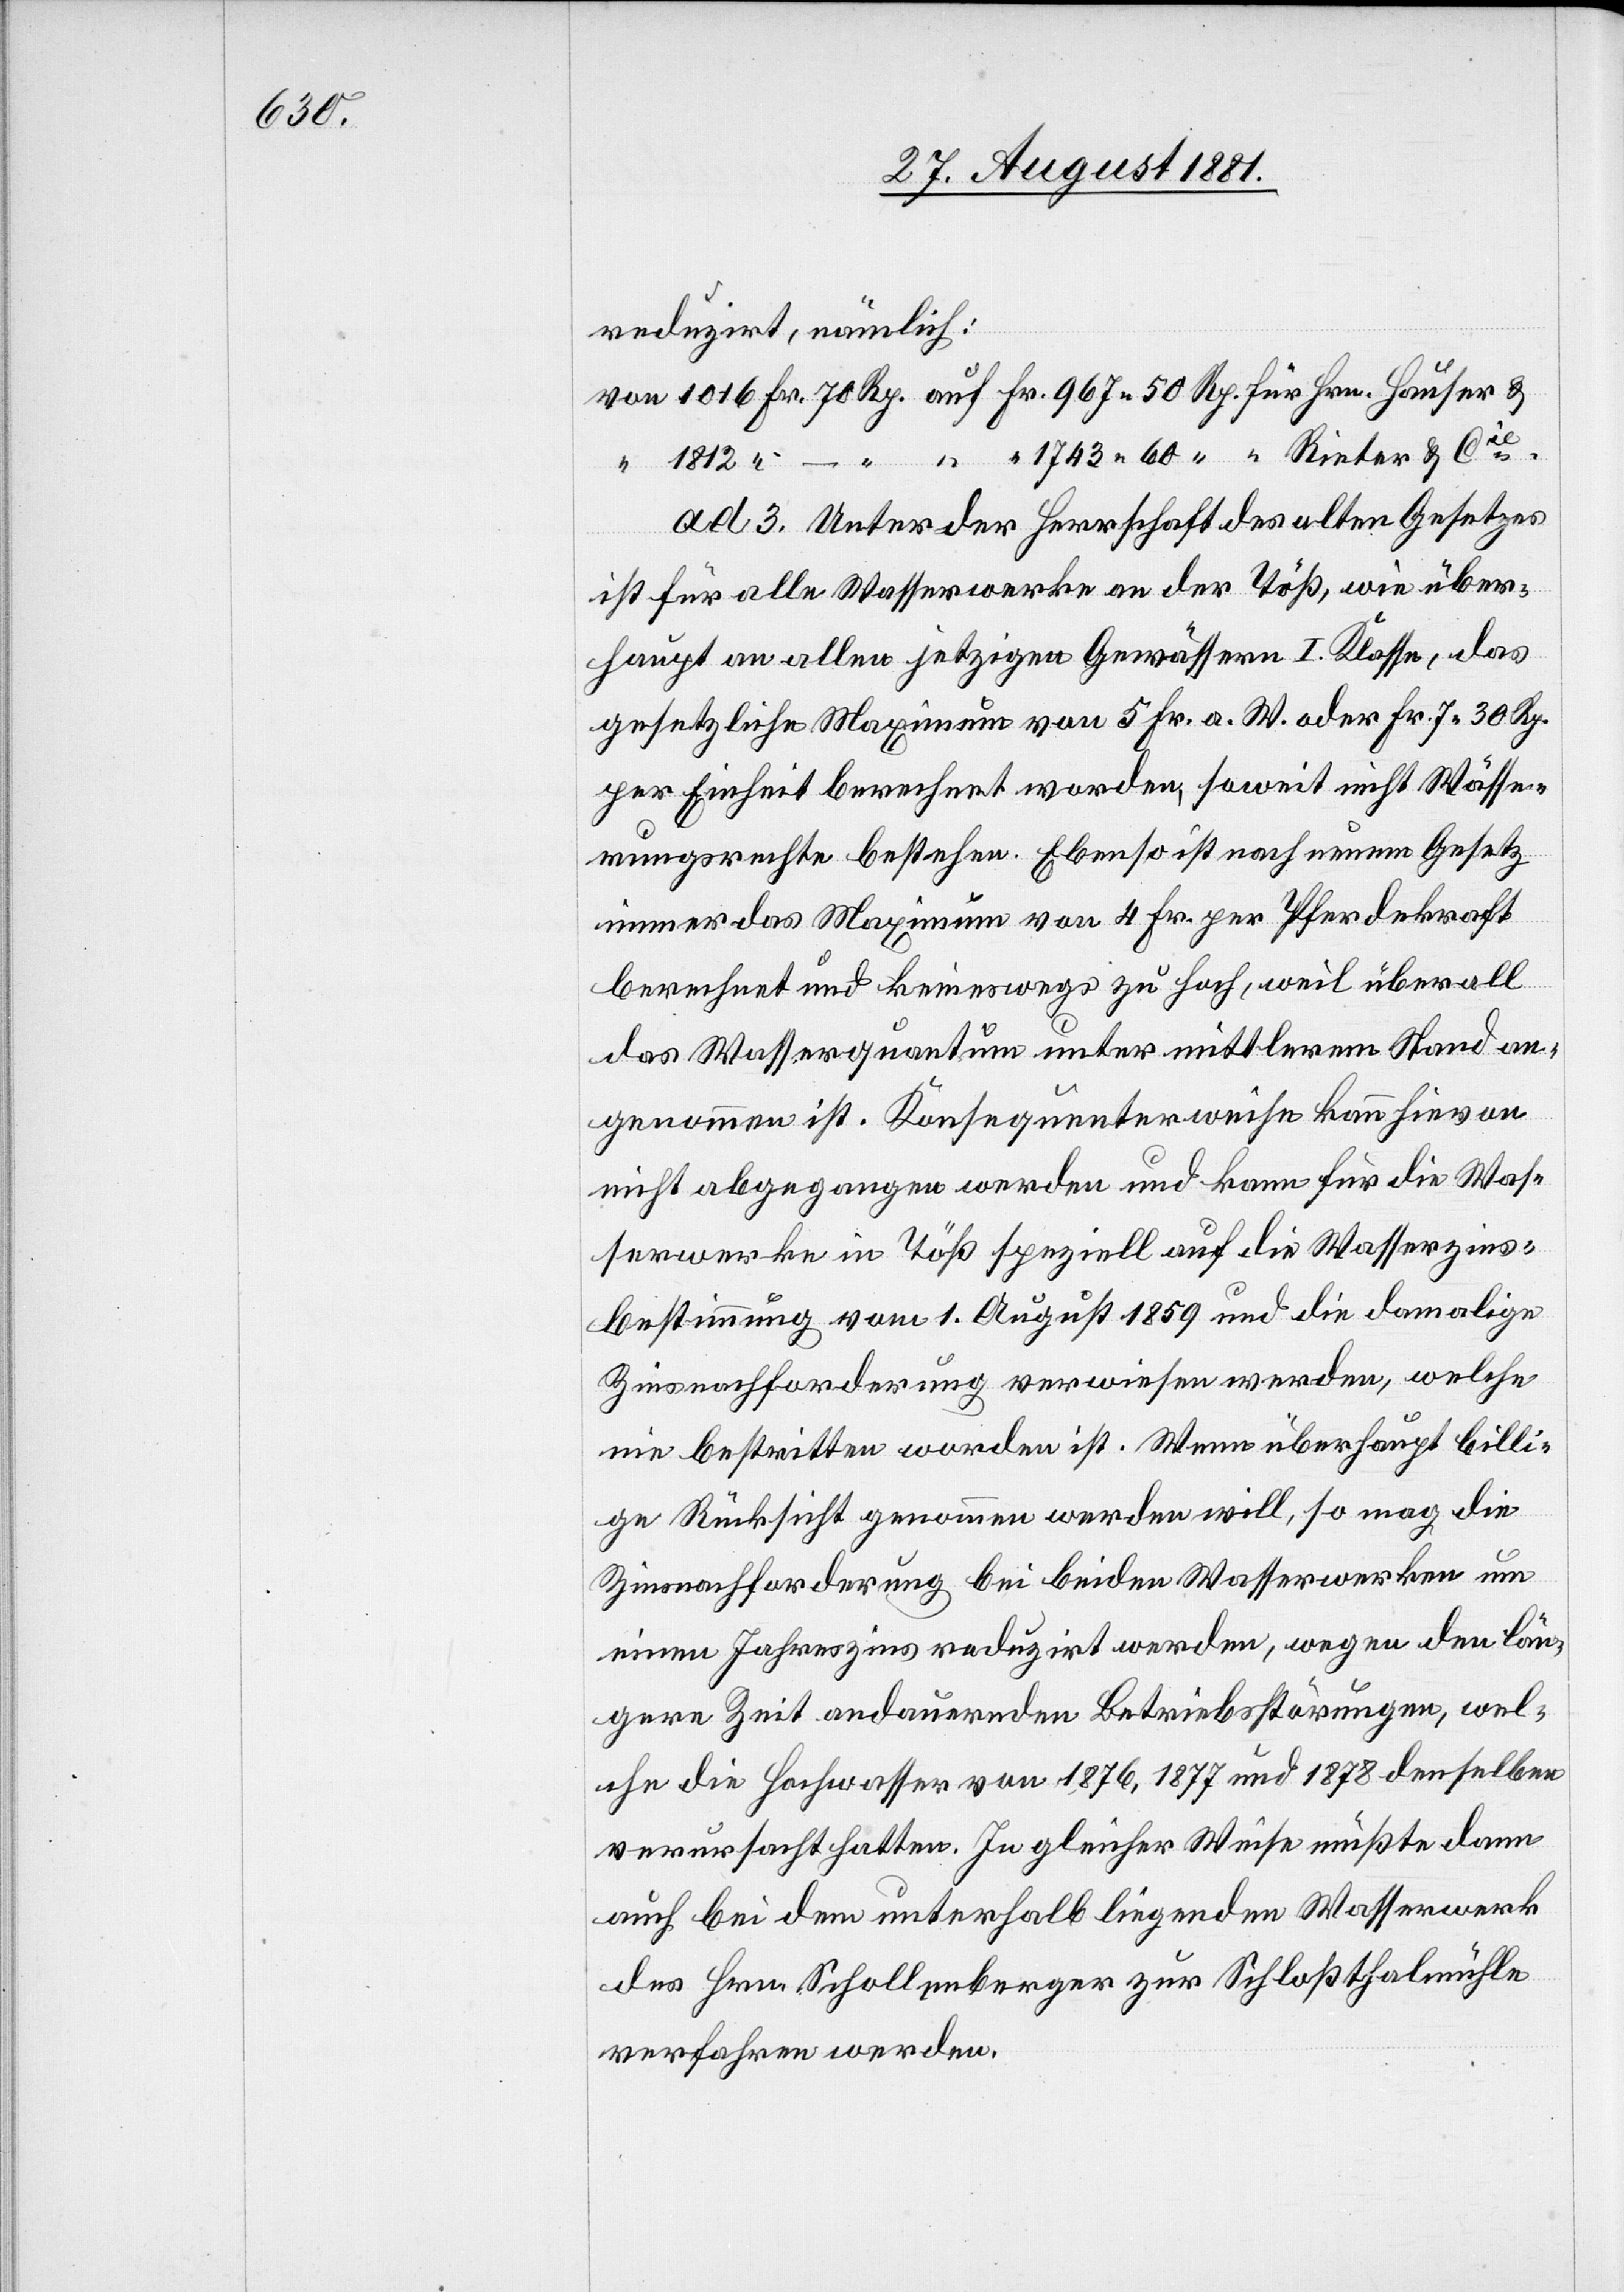
reduzirt, nämlich:
ad 3. Unter der Herrschaft des alten Gesetzes
ist für alle Wasserwerke an der Töß, wie über¬
haupt an allen jetzigen Gewässern I. Klasse, das
gesetzliche Maximum von 5 Fr. a. W. oder Fr. 7 30 Rp.
per Einheit berechnet worden, soweit nicht Wässe¬
rungsrechte bestehen. Ebenso ist nach neuem Gesetz
immer das Maximum von 4 Fr. per Pferdekraft
berechnet und keineswegs zu hoch, weil überall
das Wasserquantum unter mittlerem Stand an¬
genommen ist. Konsequenterweise kann hievon
nicht abgegangen werden und kann für die Was¬
serwerke in Töß speziell auf die Wasserzins¬
bestimmung vom 1. August 1859 und die damalige
Zinsnachforderung verweisen werden, welche
nie bestritten worden ist. Wenn überhaupt billi¬
ge Rücksicht genommen werden will, so mag die
Zinsnachforderung bei beiden Wasserwerken um
einen Jahreszins reduzirt werden, wegen den län¬
gere Zeit andauernden Betriebsstörungen, wel¬
che die Hochwasser von 1876, 1877 und 1878 denselben
verursacht hatten. In gleicher Weise mußte dann
auch bei dem unterhalb liegenden Wasserwerk
des Hrn. Schollenberger zur Schloßthalmühle
verfahren werden.